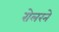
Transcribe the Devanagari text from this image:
रोलरने